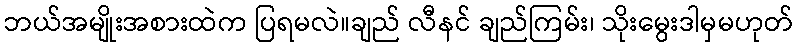
ဘယ်အမျိုးအစားထဲက ပြရမလဲ။ချည် လီနင် ချည်ကြမ်း၊ သိုးမွေးဒါမှမဟုတ်